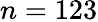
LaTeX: n=123